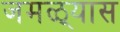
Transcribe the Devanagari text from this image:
जमळ्यास